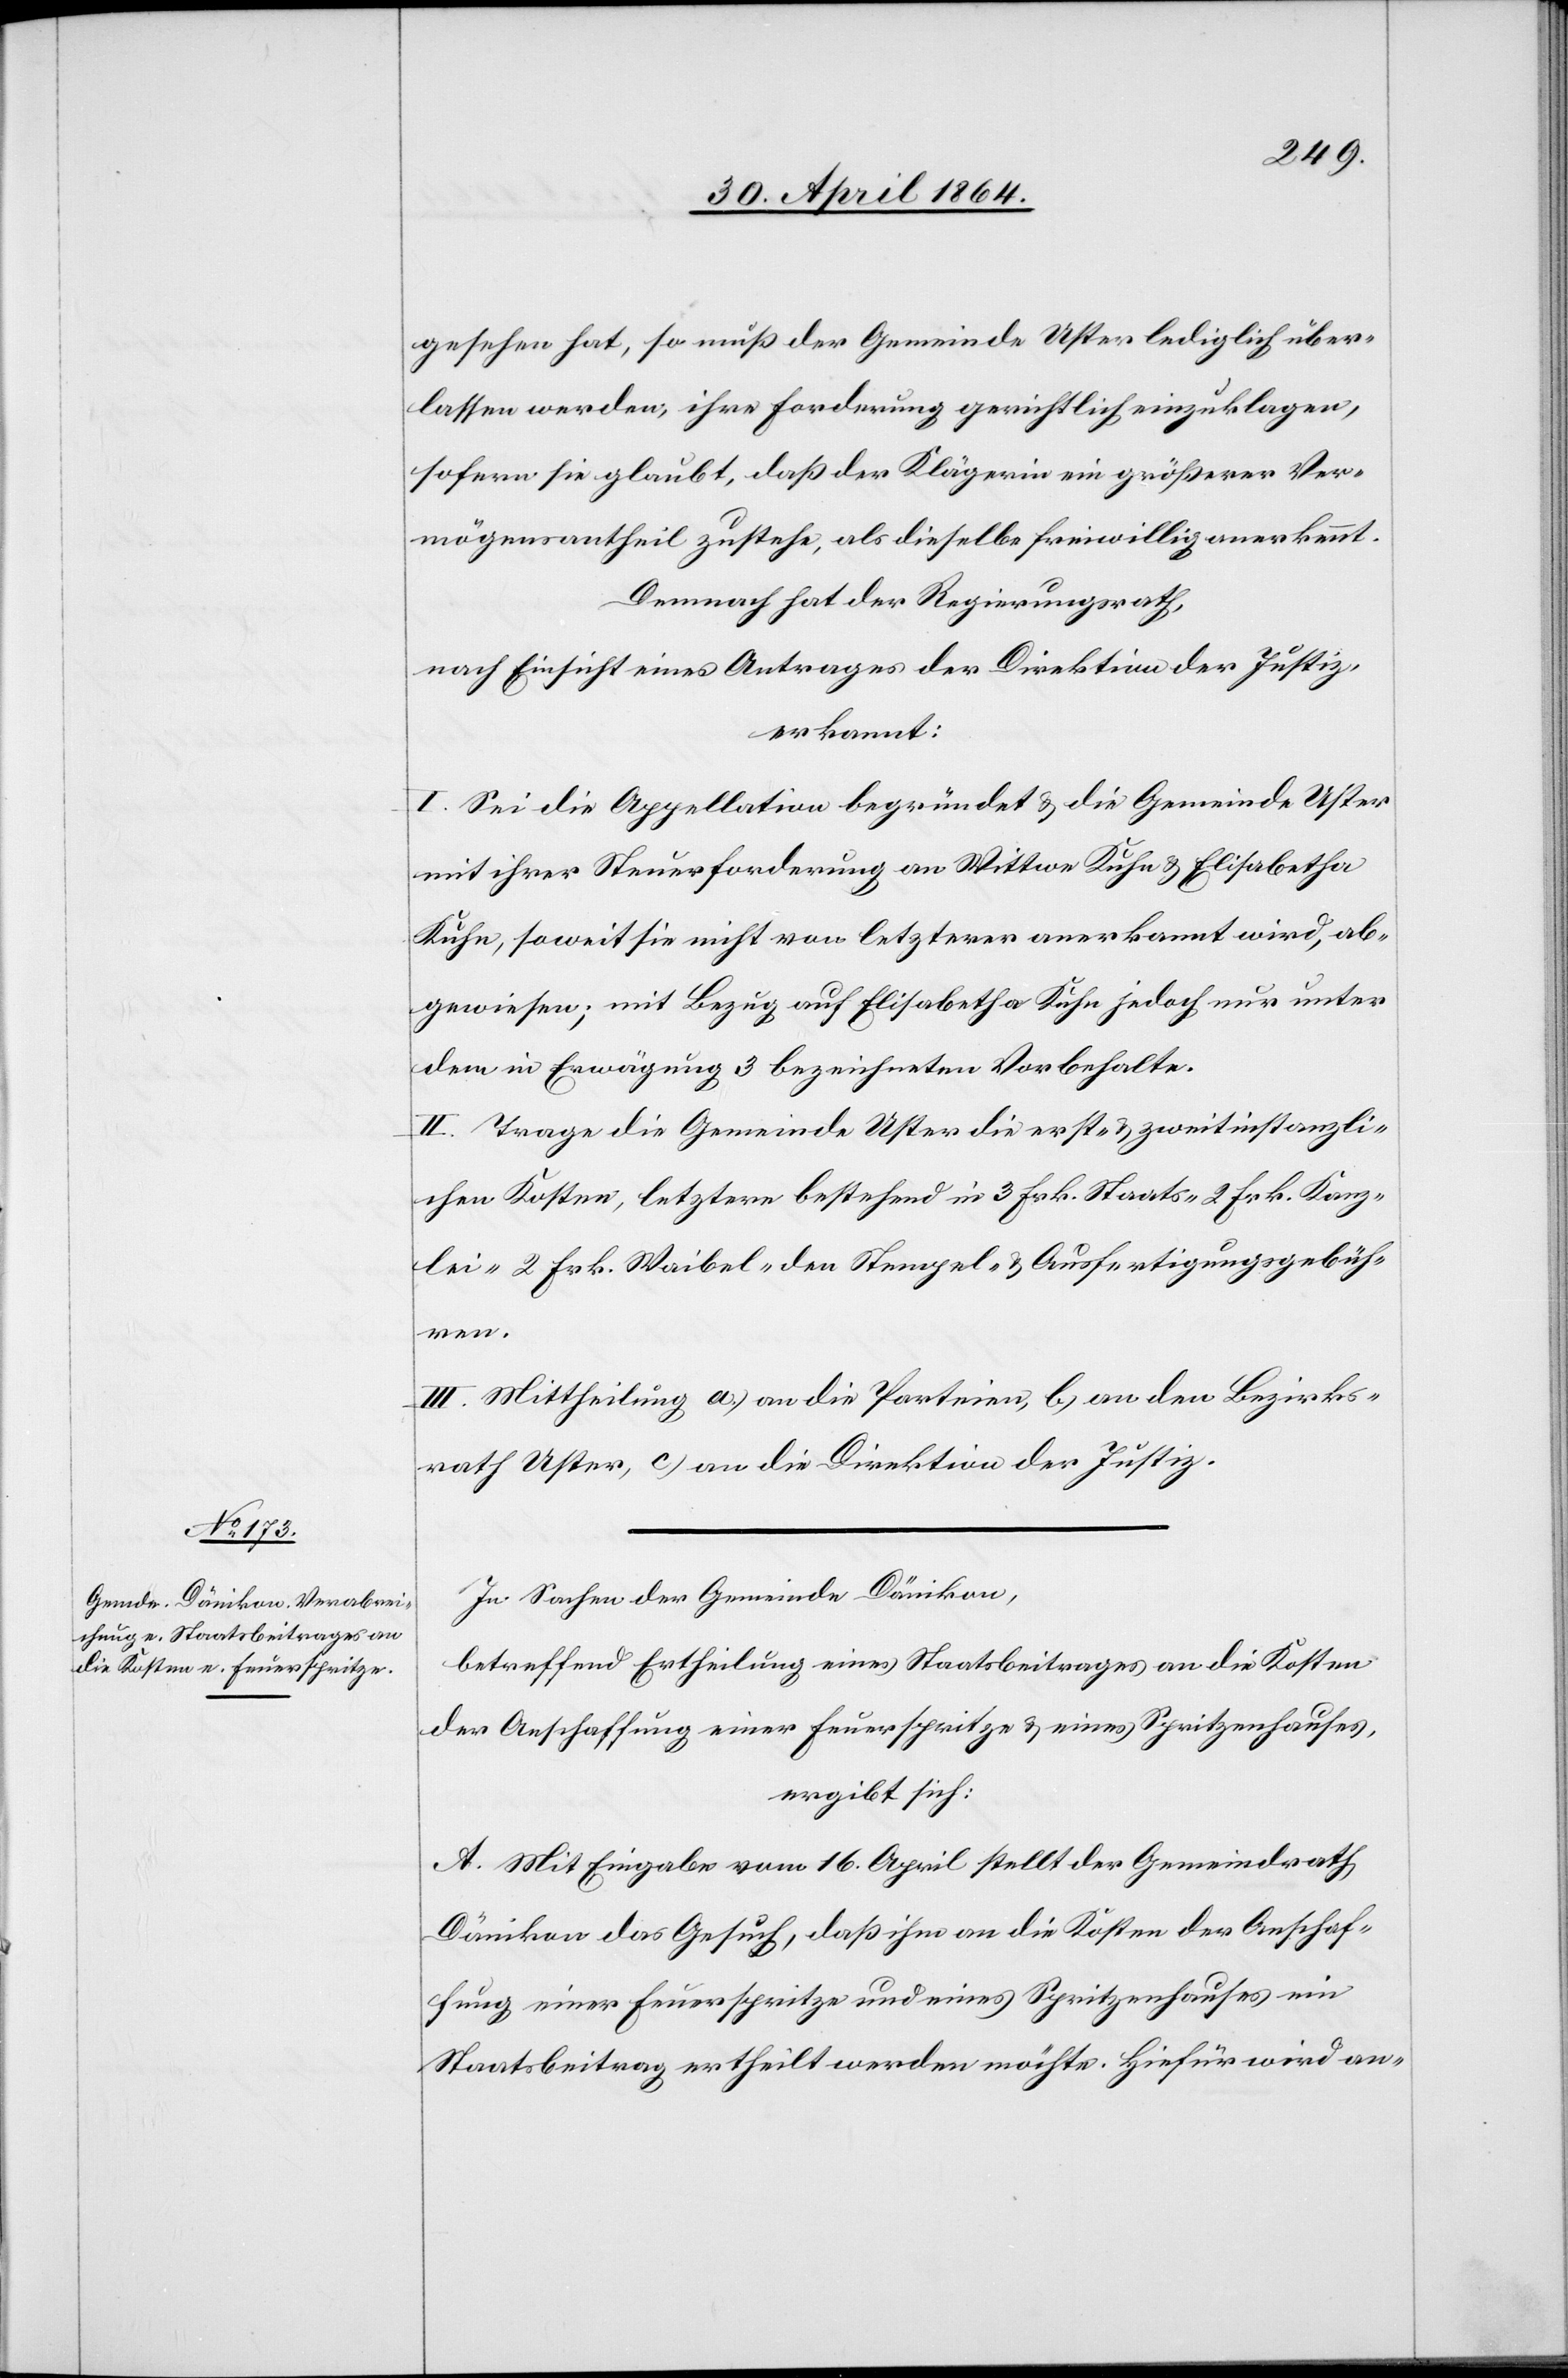
gesehen hat, so muß der Gemeinde Uster lediglich über¬
lassen werden, ihre Forderung gerichtlich einzuklagen,
sofern sie glaubt, daß der Klägerin ein größerer Ver¬
mögensantheil zustehe, als dieselbe freiwillig anerkennt.
Demnach hat der Regierungsrath,
nach Einsicht eines Antrages der Direktion der Justiz,
erkannt:
I. Sei die Appellation begründet u. die Gemeinde Uster
mit ihrer Steuerforderung an Wittwe Kuhn u. Elisabetha
Kuhn, soweit sie nicht von letzterer anerkannt wird, ab¬
gewiesen; mit Bezug auf Elisabetha Kuhn jedoch nur unter
dem in Erwägung 3 bezeichneten Vorbehalte.
II. Trage die Gemeinde Uster die erst- u. zweitinstanzli¬
chen Kosten, letztere bestehend in 3 Frk. Staats-[,] 2 Frk. Kanz¬
lei-[,] 2 Frk. Weibel- u. den Stempel- u. Ausfertigungsgebühr¬
en.
III. Mittheilung a) an die Parteien, b) an den Bezirks¬
rath Uster, c) an die Direktion der Justiz.
In Sachen der Gemeinde Dänikon,
betreffend Ertheilung eines Staatsbeitrages an die Kosten
der Anschaffung einer Feuerspritze u. eines Spritzenhauses,
ergibt sich:
A. Mit Eingabe vom 16. April stellt der Gemeindrath
Dänikon das Gesuch, daß ihm an die Kosten der Anschaf¬
fung einer Feuerspritze und eines Spritzenhauses ein
Staatsbeitrag ertheilt werden möchte. Hiefür wird an-